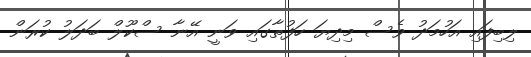
ލިބިފައި އަހުމަދު ވެސް މިދިޔަ ހަފުތާގައި ވަނީ އޭނާ ސްކޫލް ބަދަލު ކުރަން